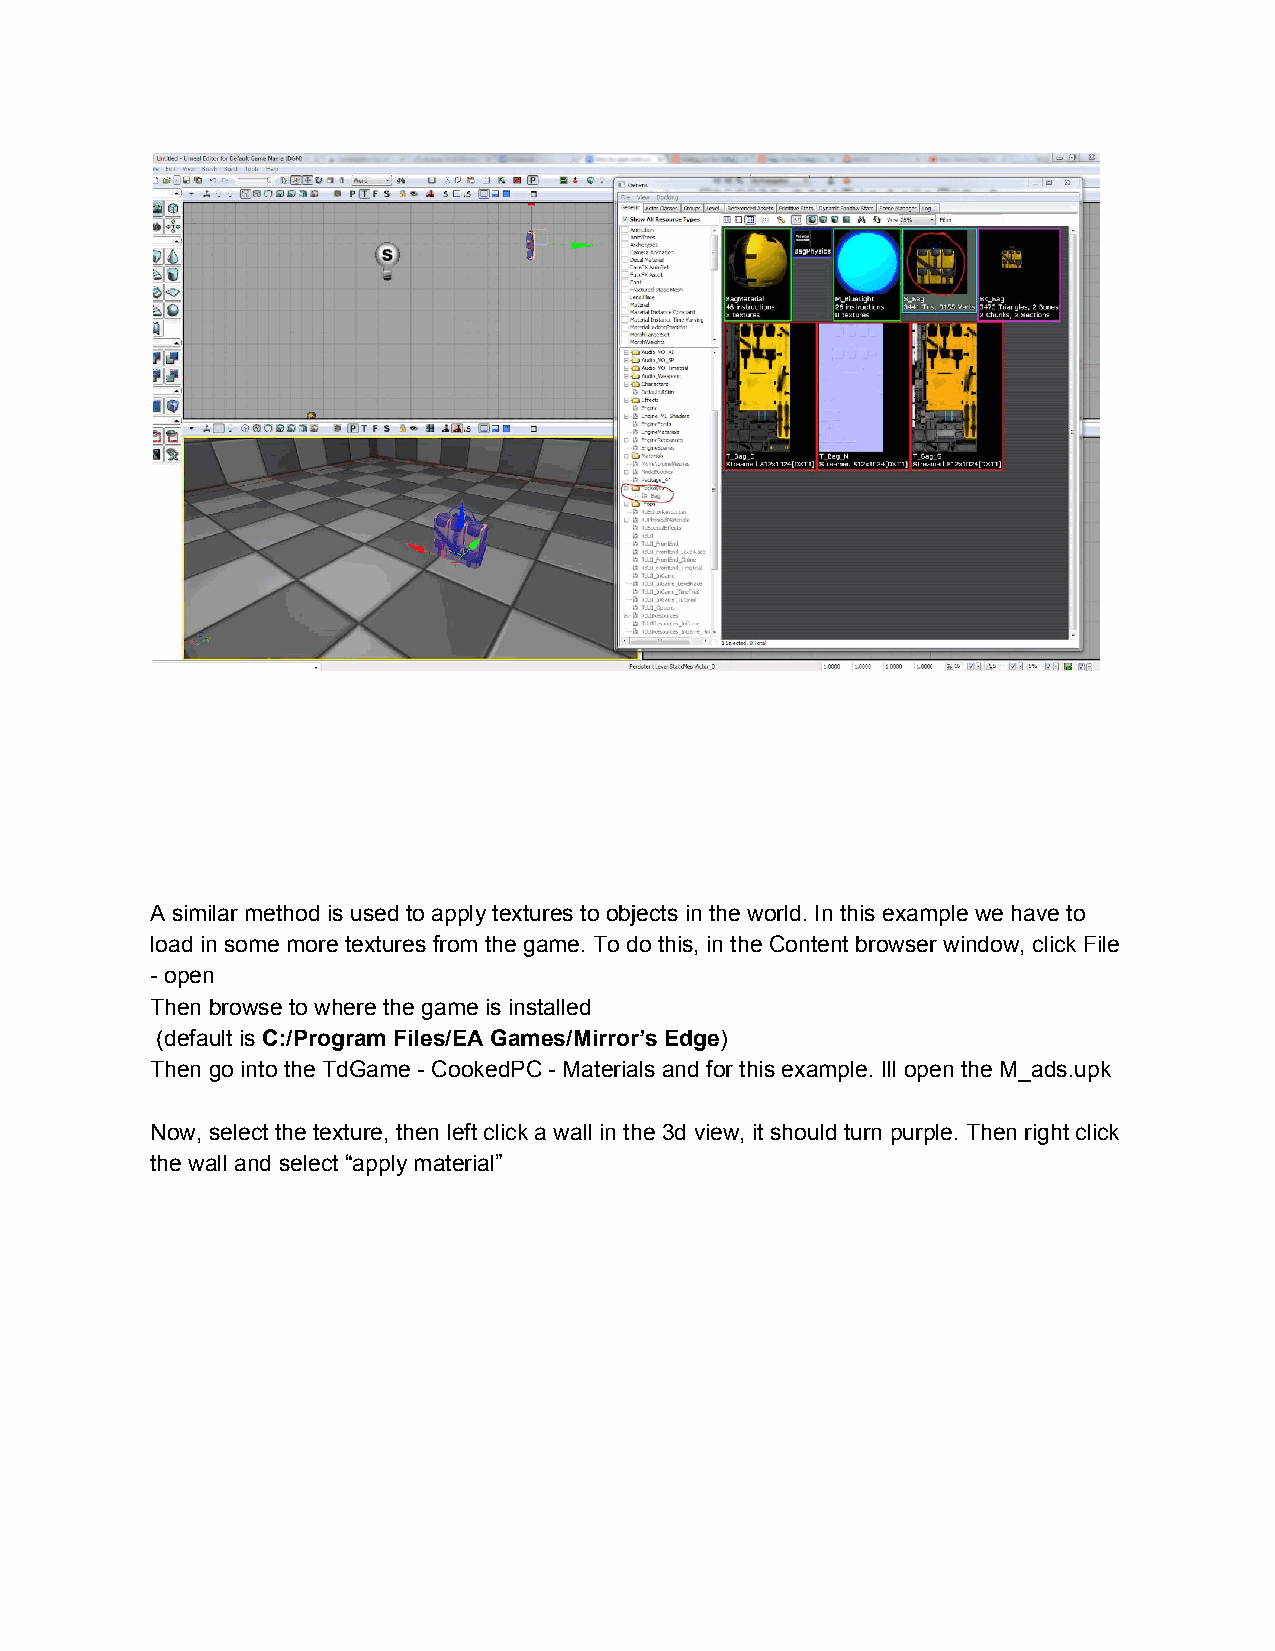
A similar method is used to apply textures to objects in the world. In this example we have to
 load in some more textures from the game. To do this, in the Content browser window, click File
 - open
 Then browse to where the game is installed
 (default is C:/Program Files/EA Games/Mirror’s Edge)
 ​                              ​
 Then go into the TdGame - CookedPC - Materials and for this example. Ill open the M_ads.upk
 Now, select the texture, then left click a wall in the 3d view, it should turn purple. Then right click
 the wall and select “apply material”